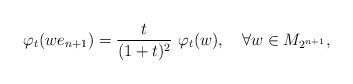
LaTeX: \begin{align*}\varphi_t (we_{n+1})={t\over (1+t)^2} ~\varphi_t(w), \quad\forall w\in M_{2^{n+1}},\end{align*}